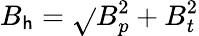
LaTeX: B_{\mathsf{h}}=\sqrt{}{{B_{p}^{2}+B_{t}^{2}}}